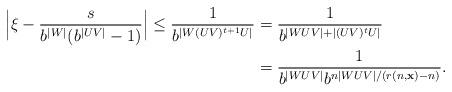
LaTeX: \begin{align*}\Bigl| \xi - \frac{s}{b^{|W|} (b^{|UV|} - 1)} \Bigr| \le \frac{1}{b^{|W (UV)^{t+1} U|}} & = \frac{1}{b^{|WUV| + |(UV)^{t} U|}} \\&= \frac{1}{b^{|WUV|} b^{n |WUV| / (r(n,{\mathbf x}) - n) }}.\end{align*}